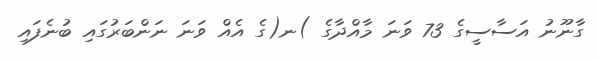
ގާނޫނު އަސާސީގެ 73 ވަނަ މާއްދާގެ )ނ(ގެ އެއް ވަނަ ނަންބަރުގައި ބުނެފައި